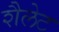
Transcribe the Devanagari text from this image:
शैलेट